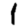
Digit: 1